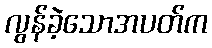
လွန်ခဲ့သောအပတ်က